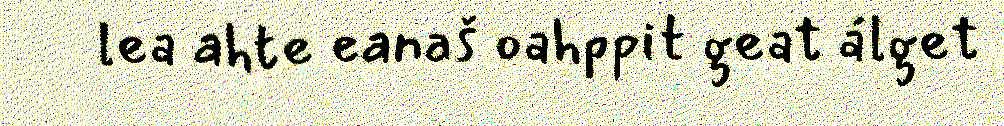
lea ahte eanaš oahppit geat álget